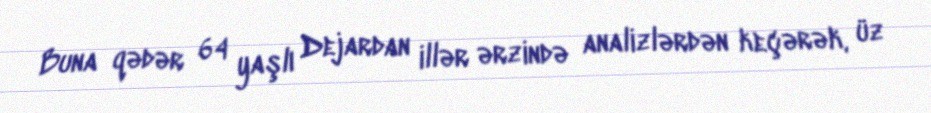
Buna qədər 64 yaşlı Dejardan illər ərzində analizlərdən keçərək, üz